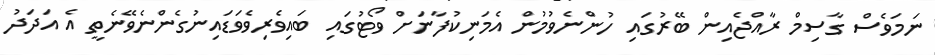
ނަމަވެސް ގާސިމް ރާއްޖެއިން ބޭރުގައި ހުންނެވުމުން އެމަނިކުފާނަށް ވޯޓުގައި ބައިވެރިވެވަޑައިނުގެންނެވޭނެތީ އެ އަދަދު